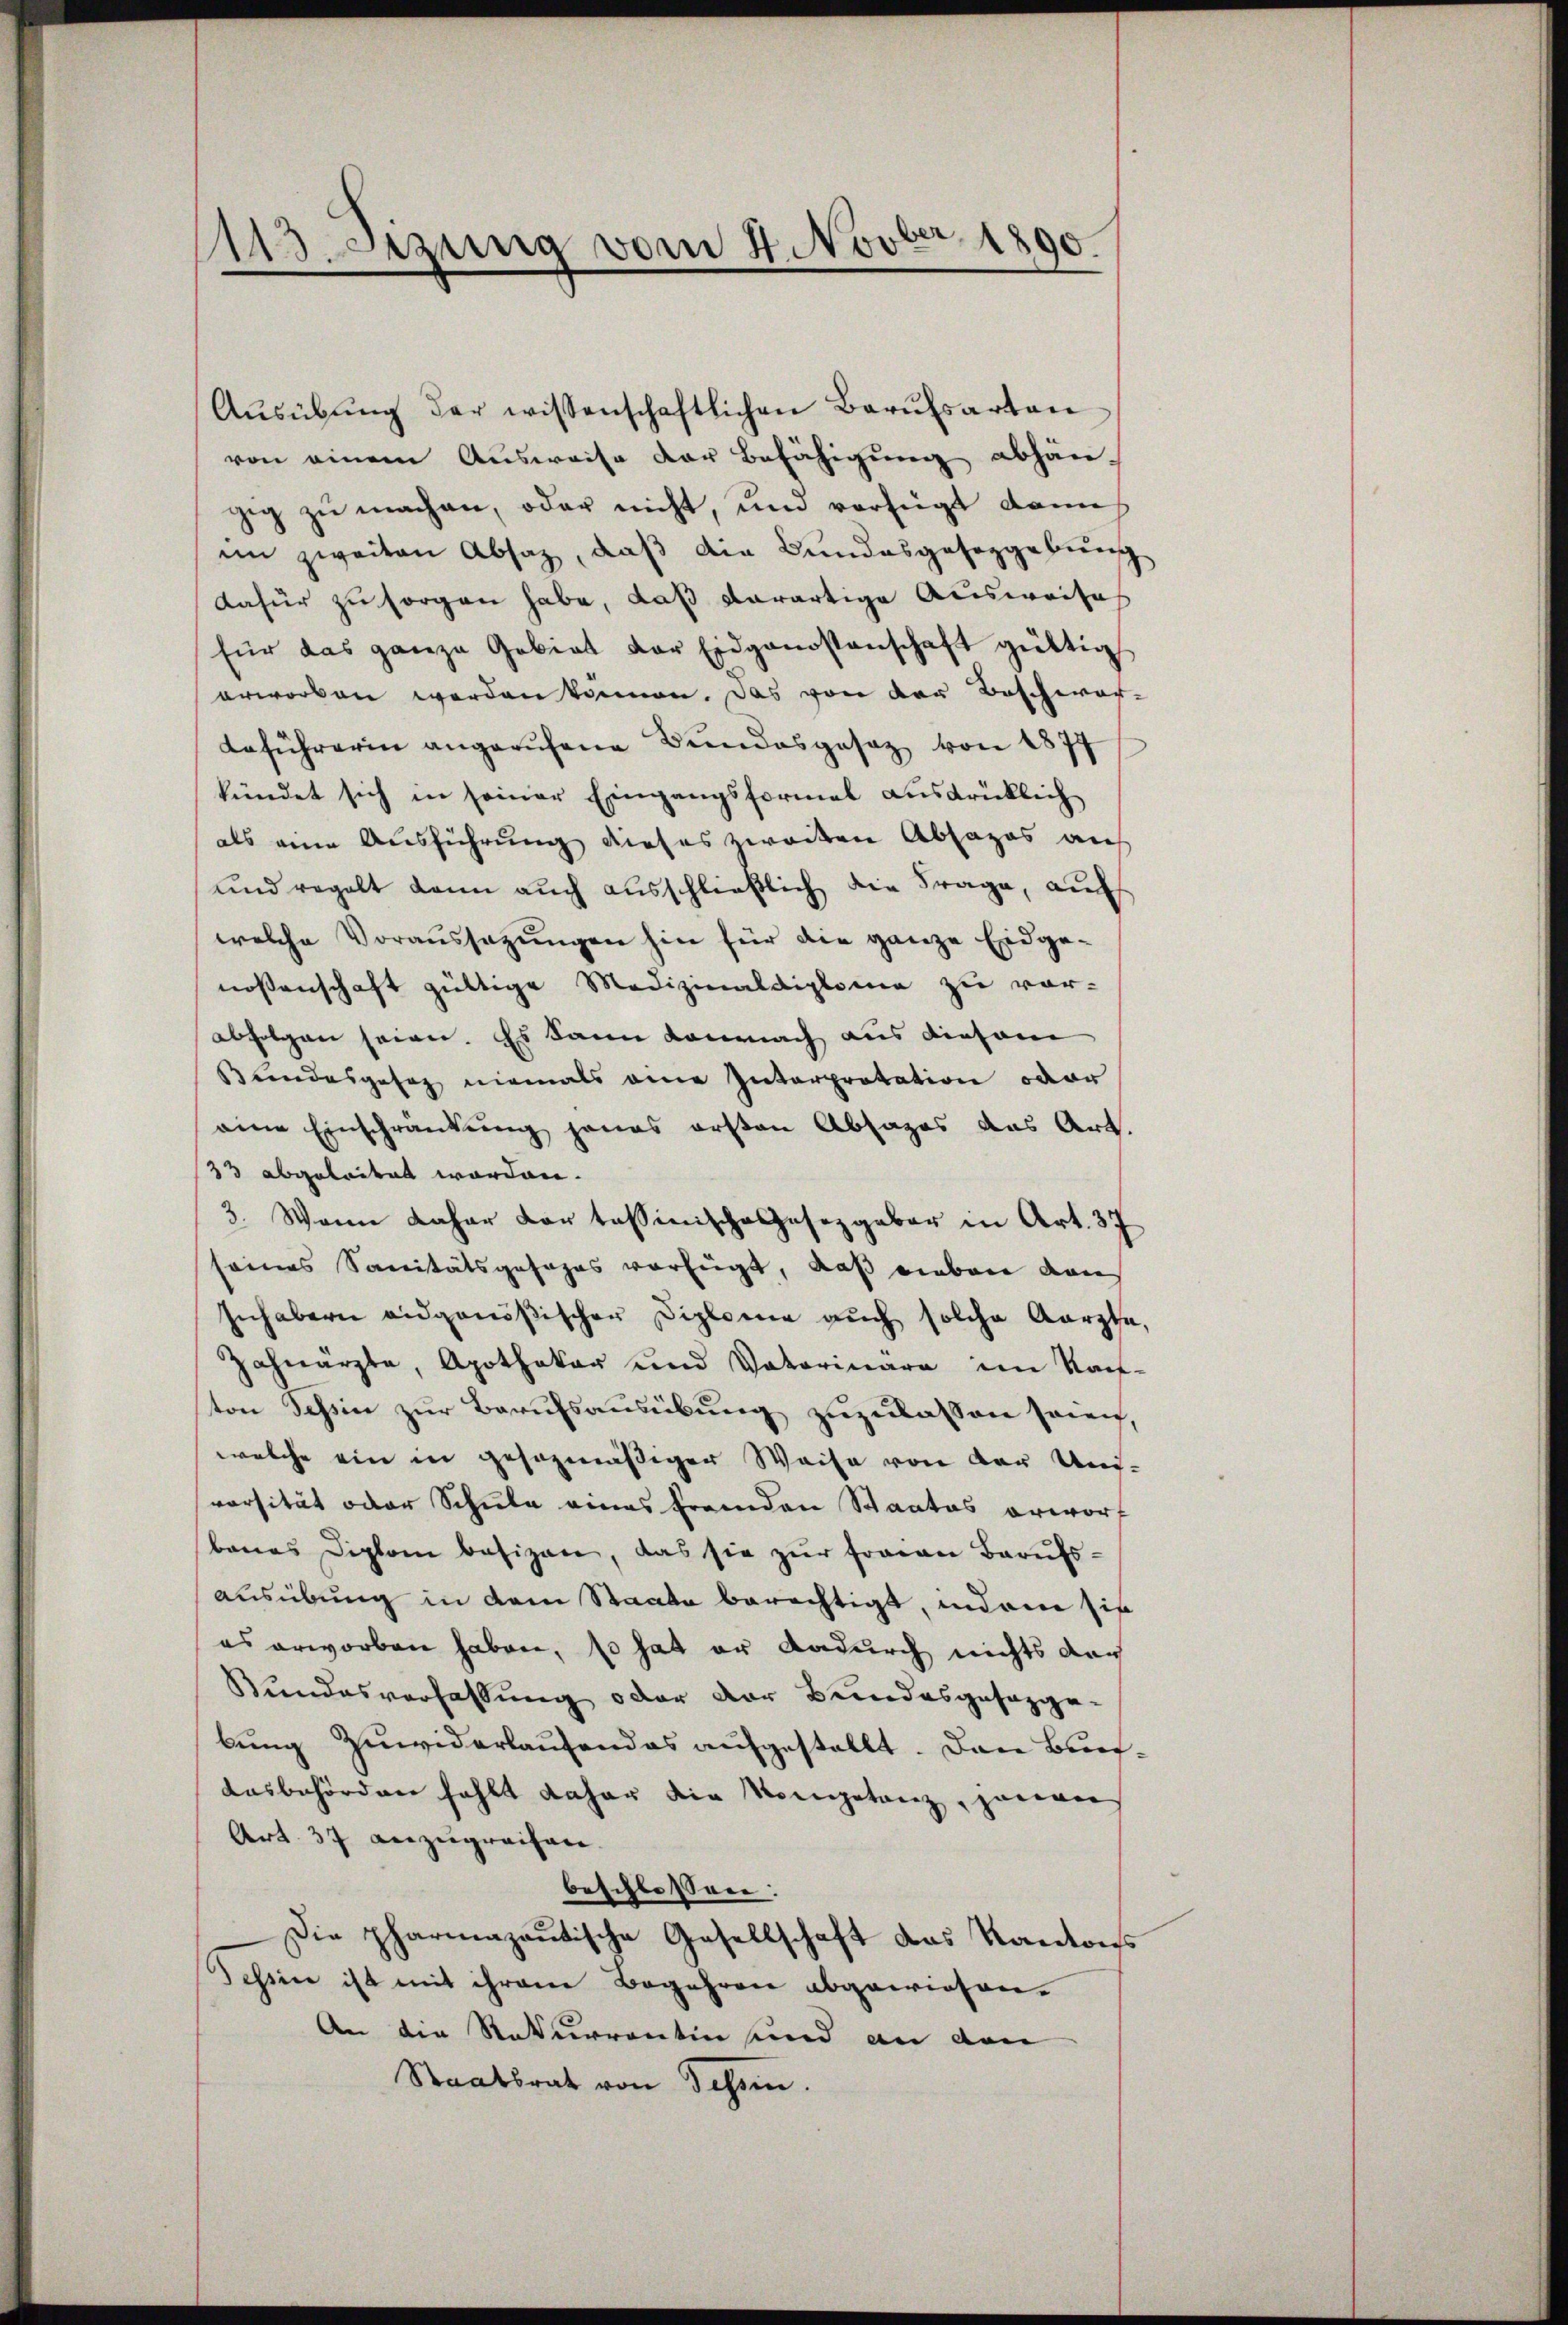
1113 Sizung vom 4. Novbr. 1890.

Aŭsübŭng der wissenschaftlichen Berufsarten
von einem Ausweise der Befähigung abhän-
zig zu machen, oder nicht, und verfügt dami
im zweiten Absatz, daß die Bundesgesezgebung
dafür zu sorgen habe, daß derartige Ausweises
für das ganze Gebiet der Eidgenossenschaft gültig
erworben werden können. Das von der Beschwareführerin angerufene Bundesgesetz von 1877
kündet sich in seiner Eingangsformel ausdrücklich
als eine Ausführung dieses zweiten Absages aus
und regelt dann auch ausschließlich die Frage, auf
welche Voraussetzungen hin für die ganze Eidgenossenschaft gültige Medizinaldiplome zu vor-
abfolgen seien. Es kann danach aus diesem
Bundesgesetz niemals eine Interpretation oder
eine Einschränkung jenes ersten Absages das Art.
23 abgeleitet worden.
3. Wenn daher dar tessinische Gesetzgeber in Art. 37
eines Sanitätsgefahrs verfügt, daß neben von
Inhabern eidgenößischer Diplome aŭch solche Aarzte,
Zahnarzte, Apothekar und Vaterinare im Nach-
ton Tessin zur Berufsausübung zuzulassen seien,
welche ein in gesezmässiger Weise von der Uni-
vorsität oder Schule eines fremden Staates erworf
banes Diplom besizen, das sie zŭr fraian Barŭfs-
ausübung in dem Staate berechtigt, indem sie
es erworben haben, so hat er dadurch nichts dar
Bundesverhaltung oder der Bundesgesegge-
bung Zuwiderlaufendes aufgestellt. Den Besausbehörden fehlt daher die Kompetanz, genan
Art. 37 anzugreifen.
beschlossen:
Die pharmazautische Gesellschaft das Kantons
Tessin ist mit ihrere Begehren abgewiesen.
An die Rekurrentin und an den
Staatsrat von Sehen.